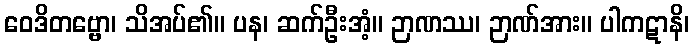
ဝေဒိတဗ္ဗော၊ သိအပ်၏။ ပန၊ ဆက်ဦးအံ့။ ဉာဏဿ၊ ဉာဏ်အား။ ပါကဋာနိ၊